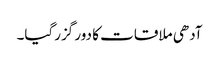
آدھی ملاقات کا دور گزرگیا۔